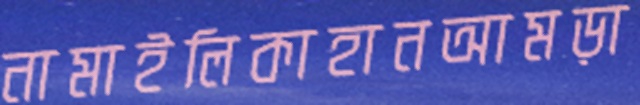
নামাইলিকাহানআমড়া